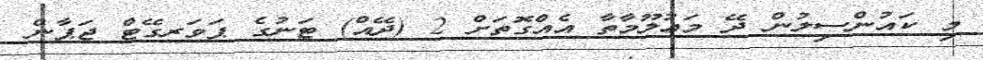
މި ކައުންސިލުން ދޭ މަޢުލޫމާތާ އެއްގޮތަށް 2 (ދޭއް) ޓަނުގެ ޕަވަރގޭޓް ޖަޕާން